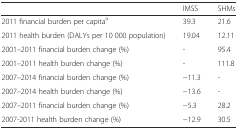
<table><thead><tr><td></td><td><b>IMSS</b></td><td><b>SHMs</b></td></tr></thead><tbody><tr><td>2011 financial burden per capita<sup>a</sup></td><td>39.3</td><td>21.6</td></tr><tr><td>2011 health burden (DALYs per 10 000 population)</td><td>19.04</td><td>12.11</td></tr><tr><td>2001–2011 financial burden change (%)</td><td>-</td><td>95.4</td></tr><tr><td>2001–2011 health burden change (%)</td><td>-</td><td>111.8</td></tr><tr><td>2007–2014 financial burden change (%)</td><td>−11.3</td><td>-</td></tr><tr><td>2007–2014 health burden change (%)</td><td>−13.6</td><td>-</td></tr><tr><td>2007–2011 financial burden change (%)</td><td>−5.3</td><td>28.2</td></tr><tr><td>2007-2011 health burden change (%)</td><td>−12.9</td><td>30.5</td></tr></tbody></table>